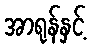
အာရုန်နှင့်